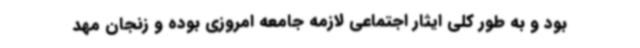
بود و به طور کلی ایثار اجتماعی لازمه جامعه امروزی بوده و زنجان مهد